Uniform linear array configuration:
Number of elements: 8
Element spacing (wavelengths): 0.5
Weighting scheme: hann
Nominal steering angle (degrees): -45
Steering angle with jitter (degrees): -44.375
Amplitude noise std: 0.05
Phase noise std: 0.05

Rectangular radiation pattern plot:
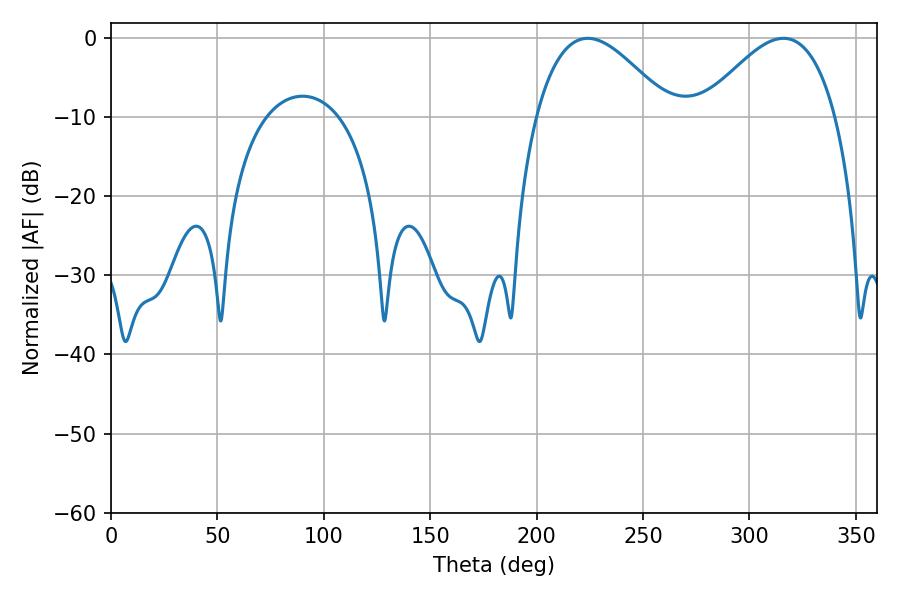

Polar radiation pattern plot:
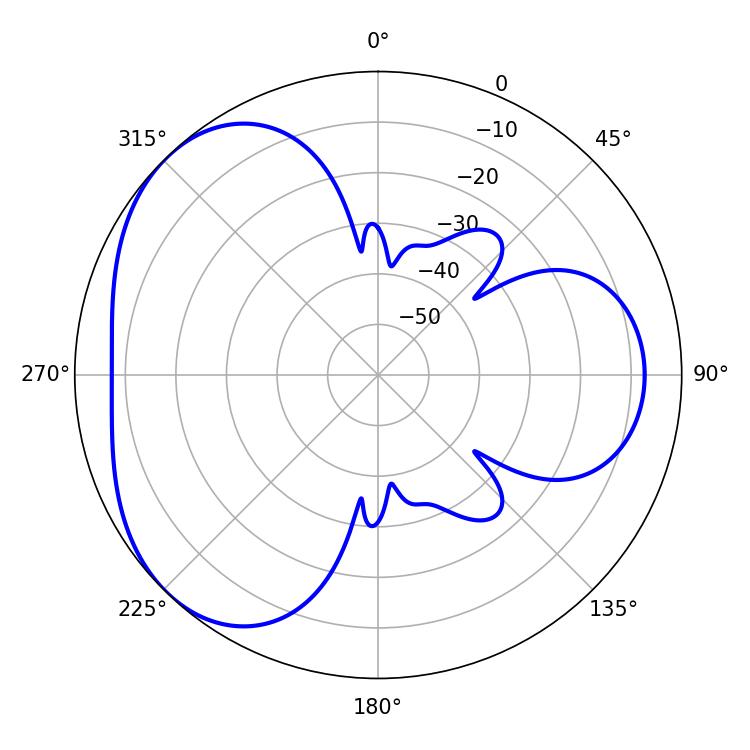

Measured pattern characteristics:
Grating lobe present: FALSE
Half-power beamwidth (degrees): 34.2
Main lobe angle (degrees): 316.08